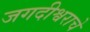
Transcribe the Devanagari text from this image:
जगदीश्वराचे